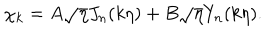
\chi _ { k } = A \sqrt { \eta } J _ { n } ( k \eta ) + B \sqrt { \eta } Y _ { n } ( k \eta ) .